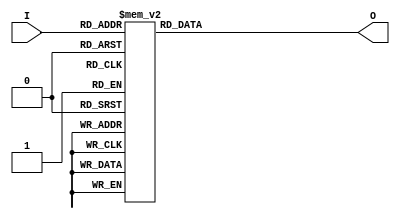
module binary_encoder (
    input wire [3:0] I,  // 4-bit input
    output reg [1:0] O   // 2-bit output
);
    
    always @(*) begin
        case (I)
            4'b0000: O = 2'b00; // No input active
            4'b0001: O = 2'b00; // Input 0 active
            4'b0010: O = 2'b01; // Input 1 active
            4'b0100: O = 2'b10; // Input 2 active
            4'b1000: O = 2'b11; // Input 3 active
            4'b0011: O = 2'b01; // Input 1 or 0 active - priority to Input 1
            4'b0101: O = 2'b10; // Input 2 or 0 active - priority to Input 2
            4'b1001: O = 2'b11; // Input 3 or 0 active - priority to Input 3
            4'b0110: O = 2'b10; // Input 2 or 1 active - priority to Input 2
            4'b1010: O = 2'b11; // Input 3 or 1 active - priority to Input 3
            4'b1100: O = 2'b11; // Input 3 or 2 active - priority to Input 3
            4'b1110: O = 2'b11; // Input 3 active - highest priority
            4'b1111: O = 2'b11; // Input 3 active - highest priority
            default: O = 2'b00;  // In case of unexpected input (should not happen with 4-bit input)
        endcase
    end

endmodule